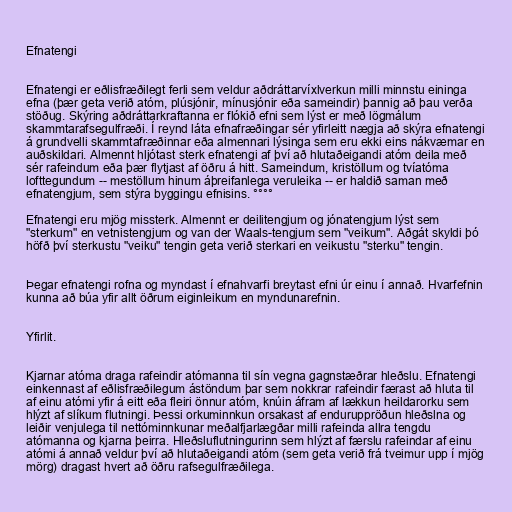
Efnatengi

Efnatengi er eðlisfræðilegt ferli sem veldur aðdráttarvíxlverkun milli minnstu eininga
efna (þær geta verið atóm, plúsjónir, mínusjónir eða sameindir) þannig að þau verða
stöðug. Skýring aðdráttarkraftanna er flókið efni sem lýst er með lögmálum
skammtarafsegulfræði. Í reynd láta efnafræðingar sér yfirleitt nægja að skýra efnatengi
á grundvelli skammtafræðinnar eða almennari lýsinga sem eru ekki eins nákvæmar en
auðskildari. Almennt hljótast sterk efnatengi af því að hlutaðeigandi atóm deila með
sér rafeindum eða þær flytjast af öðru á hitt. Sameindum, kristöllum og tvíatóma
lofttegundum -- mestöllum hinum áþreifanlega veruleika -- er haldið saman með
efnatengjum, sem stýra byggingu efnisins. °°°°

Efnatengi eru mjög missterk. Almennt er deilitengjum og jónatengjum lýst sem
"sterkum" en vetnistengjum og van der Waals-tengjum sem "veikum". Aðgát skyldi þó
höfð því sterkustu "veiku" tengin geta verið sterkari en veikustu "sterku" tengin.

Þegar efnatengi rofna og myndast í efnahvarfi breytast efni úr einu í annað. Hvarfefnin
kunna að búa yfir allt öðrum eiginleikum en myndunarefnin.

Yfirlit.

Kjarnar atóma draga rafeindir atómanna til sín vegna gagnstæðrar hleðslu. Efnatengi
einkennast af eðlisfræðilegum ástöndum þar sem nokkrar rafeindir færast að hluta til
af einu atómi yfir á eitt eða fleiri önnur atóm, knúin áfram af lækkun heildarorku sem
hlýzt af slíkum flutningi. Þessi orkuminnkun orsakast af enduruppröðun hleðslna og
leiðir venjulega til nettóminnkunar meðalfjarlægðar milli rafeinda allra tengdu
atómanna og kjarna þeirra. Hleðsluflutningurinn sem hlýzt af færslu rafeindar af einu
atómi á annað veldur því að hlutaðeigandi atóm (sem geta verið frá tveimur upp í mjög
mörg) dragast hvert að öðru rafsegulfræðilega.